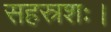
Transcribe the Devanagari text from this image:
सहस्रशः।